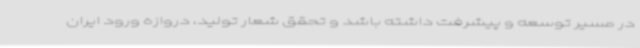
در مسیر توسعه و پیشرفت داشته باشد و تحقق شعار تولید، دروازه ورود ایران